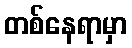
တစ်နေရာမှာ